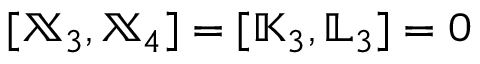
[ { \mathbb X } _ { 3 } , { \mathbb X } _ { 4 } ] = [ { \mathbb K } _ { 3 } , { \mathbb L } _ { 3 } ] = 0